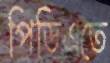
পিডিএতে